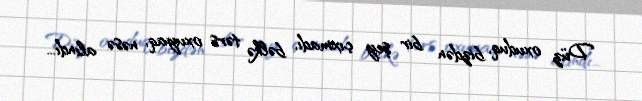
Düz oxuduq, bizdən bir şey çıxmadı, bəlkə tərs oxuyaq, nəsə alındı...